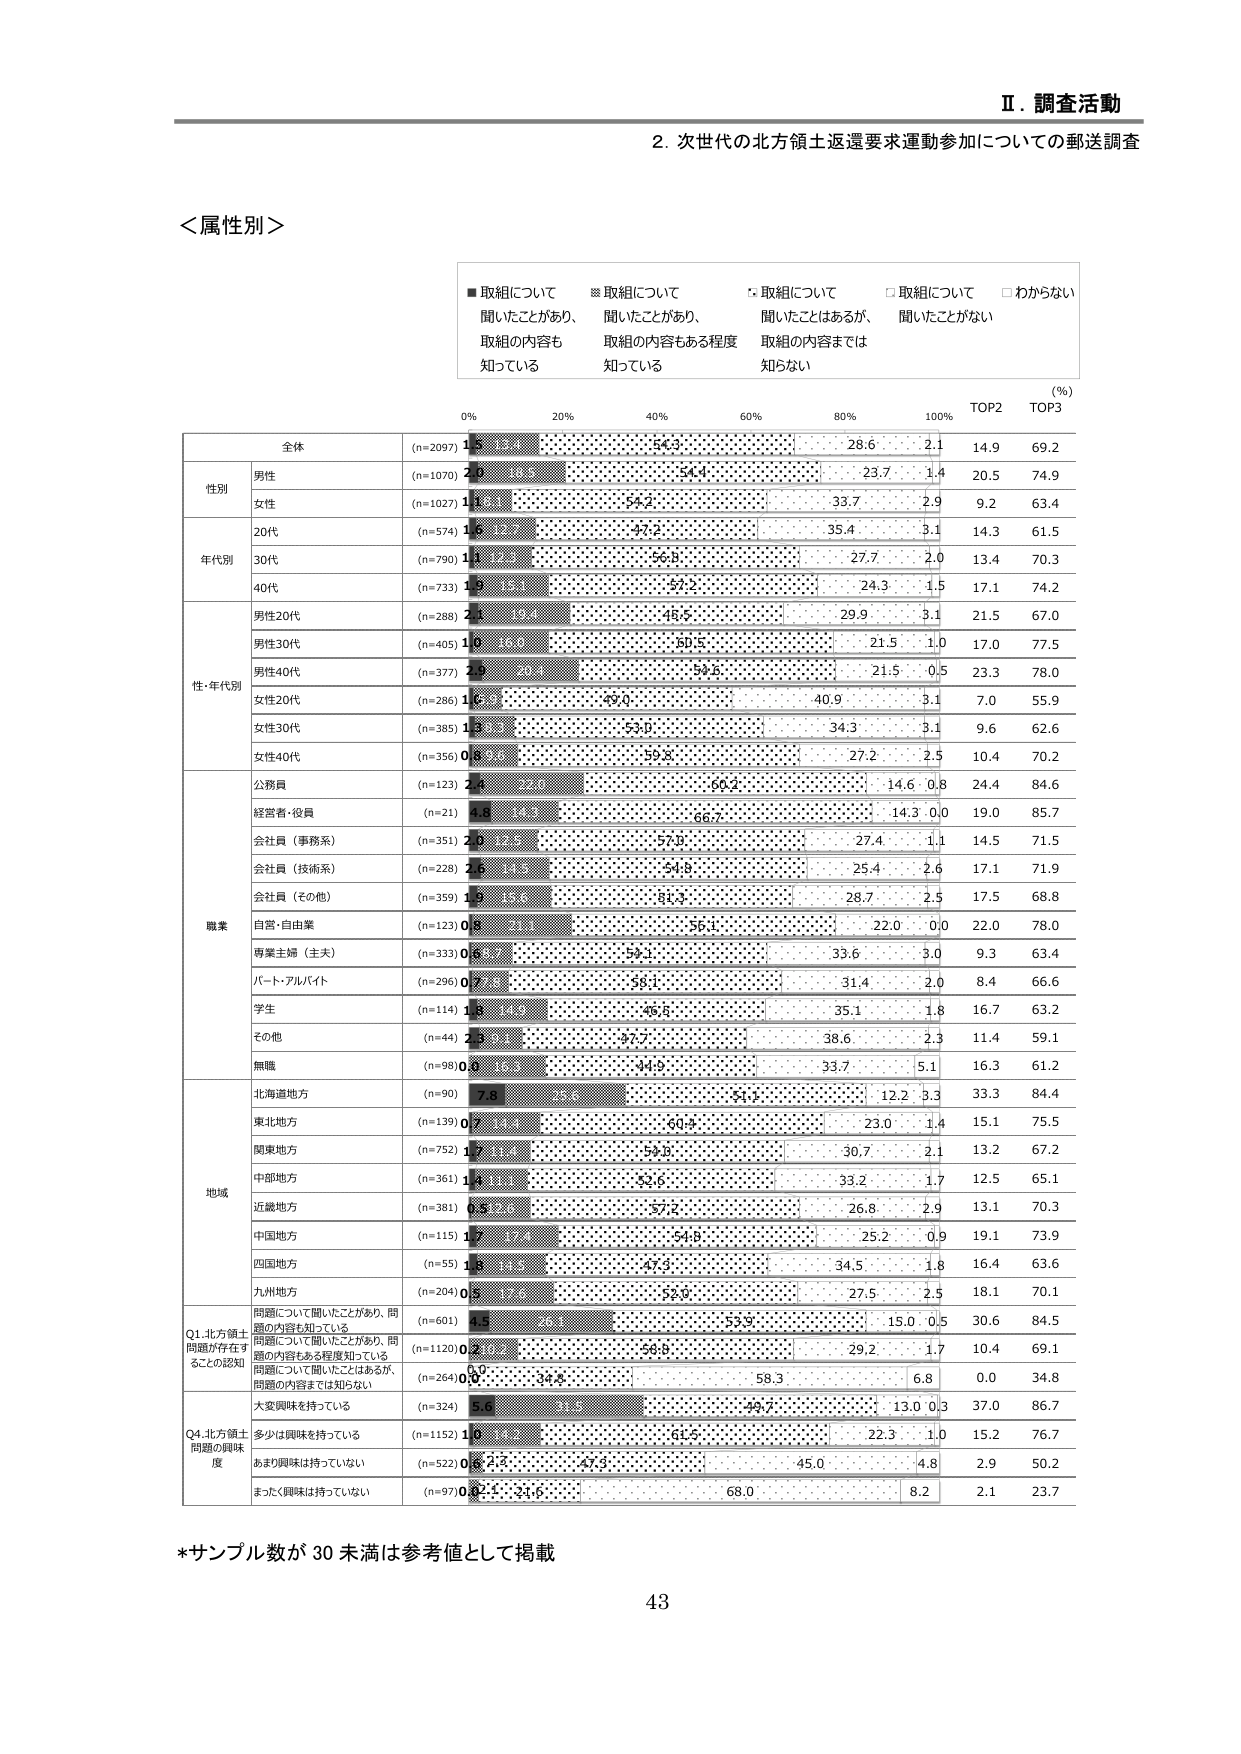
Ⅱ．調査活動
２．次世代の北方領土返還要求運動参加についての郵送調査

＜属性別＞

■ 取組について聞いたことがあり、取組の内容も知っている
※ 取組について聞いたことがあり、取組の内容もある程度知っている
△ 取組について聞いたことはあるが、取組の内容までは知らない
□ 取組について聞いたことがない
□ わからない

(%)
0% 20% 40% 60% 80% 100% TOP2 TOP3

全体 (n=2097) 1.5 54.3 28.6 2.1 14.9 69.2
性別
　男性 (n=1070) 2.0 54.4 23.7 1.4 20.5 74.9
　女性 (n=1027) 1.1 54.2 33.7 2.9 9.2 63.4
年代別
　20代 (n=574) 1.8 47.2 35.4 3.1 14.3 61.5
　30代 (n=790) 1.0 56.8 27.7 2.0 13.4 70.3
　40代 (n=733) 1.8 57.2 24.3 1.5 17.1 74.2
性・年代別
　男性20代 (n=288) 2.1 48.5 29.9 3.1 21.5 67.0
　男性30代 (n=405) 1.0 60.5 21.5 1.0 17.0 77.5
　男性40代 (n=377) 2.9 59.5 21.5 0.5 23.3 78.0
　女性20代 (n=286) 1.6 49.0 40.9 3.1 7.0 55.9
　女性30代 (n=385) 1.3 53.0 34.3 3.1 9.6 62.6
　女性40代 (n=356) 0.8 59.8 27.2 2.5 10.4 70.2
職業
　公務員 (n=123) 2.4 60.2 14.6 0.8 24.4 84.6
　経営者・役員 (n=21) 1.9 66.7 14.3 0.0 19.0 85.7
　会社員（事務系） (n=351) 2.8 57.0 27.4 1.1 14.5 71.5
　会社員（技術系） (n=228) 2.6 54.8 25.4 2.6 17.1 71.9
　会社員（その他） (n=359) 1.9 81.3 28.7 2.5 17.5 68.8
　自営・自由業 (n=123) 0.8 56.1 22.0 0.0 22.0 78.0
　専業主婦（主夫） (n=333) 0.6 59.1 33.6 3.0 9.3 63.4
　パート・アルバイト (n=296) 0.7 58.1 31.4 2.0 8.4 66.6
　学生 (n=114) 1.8 45.6 35.1 1.8 16.7 63.2
　その他 (n=44) 2.3 47.7 38.6 2.3 11.4 59.1
　無職 (n=98) 0.0 44.9 33.7 5.1 16.3 61.2
地域
　北海道地方 (n=90) 7.8 54.4 12.2 3.3 33.3 84.4
　東北地方 (n=139) 0.7 60.4 23.0 1.4 15.1 75.5
　関東地方 (n=752) 1.3 59.0 30.7 2.1 13.2 67.2
　中部地方 (n=361) 1.1 52.6 33.2 1.7 12.5 65.1
　近畿地方 (n=381) 0.8 57.2 26.8 2.9 13.1 70.3
　中国地方 (n=115) 1.7 54.8 25.2 0.9 19.1 73.9
　四国地方 (n=55) 1.8 47.3 34.5 1.8 16.4 63.6
　九州地方 (n=204) 0.5 52.9 27.5 2.5 18.1 70.1
Q1. 北方領土問題が存在することの認知
　問題について聞いたことがあり、問題の内容も知っている (n=601) 1.5 53.9 15.0 0.5 30.6 84.5
　問題について聞いたことがあり、問題の内容もある程度知っている (n=1120) 0.2 58.8 29.2 1.7 10.4 69.1
　問題について聞いたことはあるが、問題の内容までは知らない (n=264) 0.0 34.8 58.3 6.8 0.0 34.8
　大変興味を持っている (n=324) 5.6 49.7 13.0 0.3 37.0 86.7
Q4. 北方領土問題の興味度
　多少は興味を持っている (n=1152) 1.7 61.5 22.3 1.0 15.2 76.7
　あまり興味は持っていない (n=522) 0.6 47.3 45.0 4.8 2.9 50.2
　まったく興味は持っていない (n=97) 0.0 24.6 68.0 8.2 2.1 23.7

*サンプル数が30未満は参考値として掲載
43